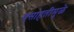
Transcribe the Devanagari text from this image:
वसाहतीमुळे